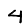
Digit: 4